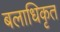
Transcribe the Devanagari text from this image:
बलाधिकृत